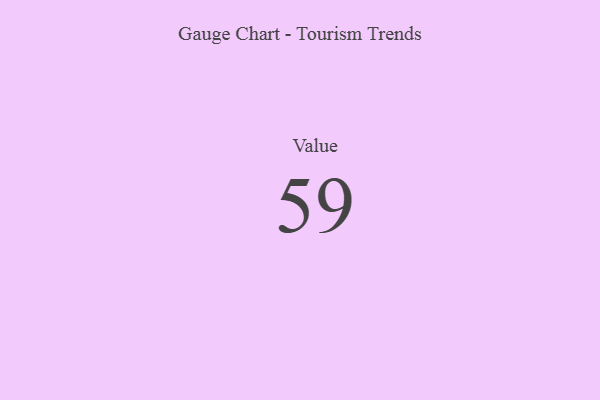
{"axis": {"x": "Metric", "y": "Value"}, "legend": [""], "data": [{"x": "Value", "y": 59, "type": ""}]}